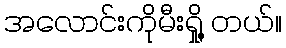
အလောင်းကိုမီးရှို့ တယ်။